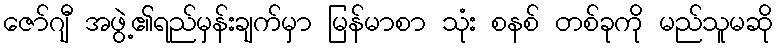
ဇော်ဂျီ အဖွဲ့၏ရည်မှန်းချက်မှာ မြန်မာစာ သုံး စနစ် တစ်ခုကို မည်သူမဆို